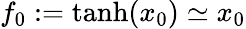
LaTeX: f_{0}:=\mathrm{tanh}(x_{0})\simeq x_{0}